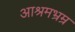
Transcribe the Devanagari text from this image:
आश्रमभ्रम्र